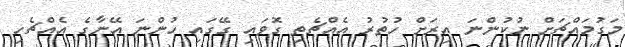
މަގުމައްޗަށް ނުކުންނަ އިރަށް ހުތުރު އެއްޗެތި ގޮވައި ގޭގައި ހުންނަ އޭނާގެ އެއްޗެހި